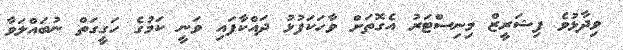
ވިދާޅުވެ ފިޝަރީޒް މިނިސްޓަރު އެގޮތަށް ވާހަކަފުޅު ދައްކާފައި ވަނީ ކަމުގެ ހަގީގަތް ނުބައްލަވާ